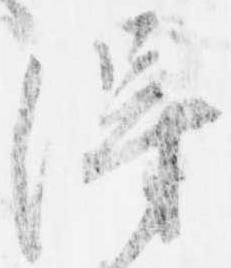
得